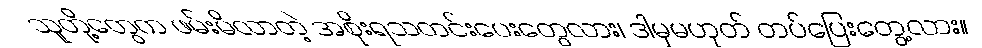
သူတို့တွေက ဖမ်းမိလာတဲ့ အစိုးရသတင်းပေးတွေလား၊ ဒါမှမဟုတ် တပ်ပြေးတွေ့လား။